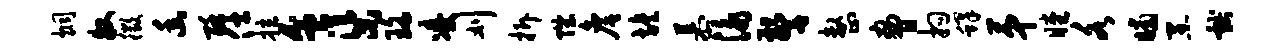
炯牧徵幽酥仕拉盆渠珞凌刈拆陛詹旌慕泳警整胁拘蜂第瞠各晡黑献